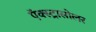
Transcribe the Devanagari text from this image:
ऍक्स्ट्रासोलर